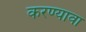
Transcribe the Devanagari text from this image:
करण्यावा